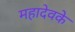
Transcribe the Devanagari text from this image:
महादेवके